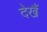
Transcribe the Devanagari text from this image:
देखैं